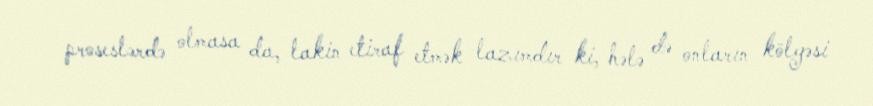
proseslərdə olmasa da, lakin etiraf etmək lazımdır ki, hələ də onların kölgəsi